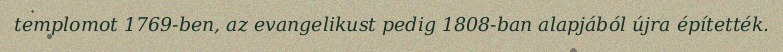
templomot 1769-ben, az evangelikust pedig 1808-ban alapjából újra építették.